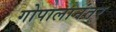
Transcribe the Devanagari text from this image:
गोपालानंतर